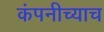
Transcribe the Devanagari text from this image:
कंपनीच्याच